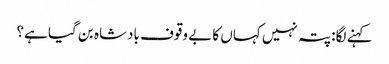
کہنے لگا: پتہ نہیں کہاں کا بے وقوف بادشاہ بن گیا ہے؟